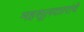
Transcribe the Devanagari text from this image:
महसूलदप्तरांचे